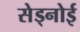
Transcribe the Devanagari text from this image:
सेड्नोई